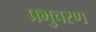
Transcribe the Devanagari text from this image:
प्रभुचरण